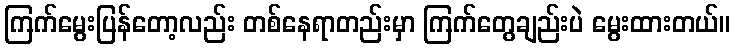
ကြက်မွေးပြန်တော့လည်း တစ်နေရာတည်းမှာ ကြက်တွေချည်းပဲ မွေးထားတယ်။